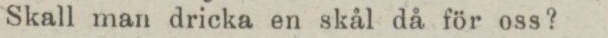
Skall man dricka en skål då för oss?